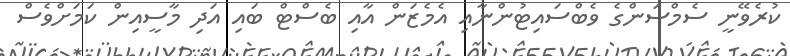
ކުރެވޭނީ ސެމްސަންގެ ވެބްސައިޓުންނާއި އެމެޒަން އާއި ބެސްޓް ބައި އަދި މާސީއިން ކަމަށްވެސް